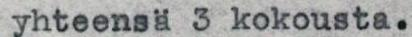
yhteensä 3 kokousta.